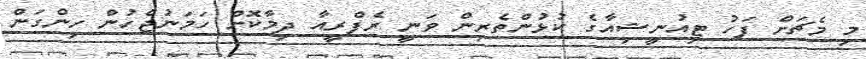
މި މެޗަށް ފަހު ޓިއުނީޝިއާގެ ކުޅުންތެރިން ވަނީ ރެފްރީއާ ދިމާކޮށް ހަމަނުޖެހުން ހިންގަން